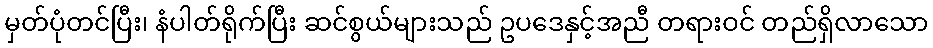
မှတ်ပုံတင်ပြီး၊ နံပါတ်ရိုက်ပြီး ဆင်စွယ်များသည် ဥပဒေနှင့်အညီ တရားဝင် တည်ရှိလာသော